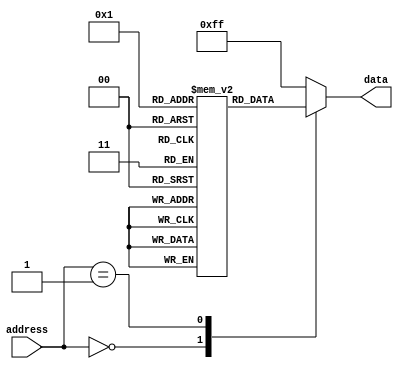
module prom (
    input [7:0] address,
    output reg [7:0] data
);

reg [7:0] memory [0:255];

always @ (address)
begin
    case (address)
        0: data <= memory[0];
        1: data <= memory[1];
        // Add more cases for each memory block
        default: data <= 8'hFF; // Default data value when address is invalid
    endcase
end

// Programming mechanism can be added here

endmodule